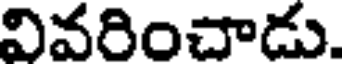
వివరించాడు.